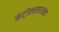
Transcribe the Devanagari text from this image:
कंट्रोलसारख्या